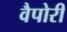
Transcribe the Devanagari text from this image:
वैपोरी